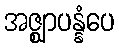
အဇ္ဈာပန္နံပေ